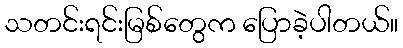
သတင်းရင်းမြစ်တွေက ပြောခဲ့ပါတယ်။